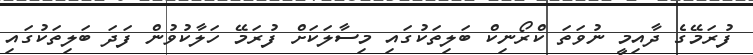
ފުރަމޭގެ ދާއިމީ ނުވަތަ ކްރޯނިކް ބަލިތަކުގައި މިސާލަކަށް ފުރަމޭ ހަލާކުވުން ފަދަ ބަލިތަކުގައި